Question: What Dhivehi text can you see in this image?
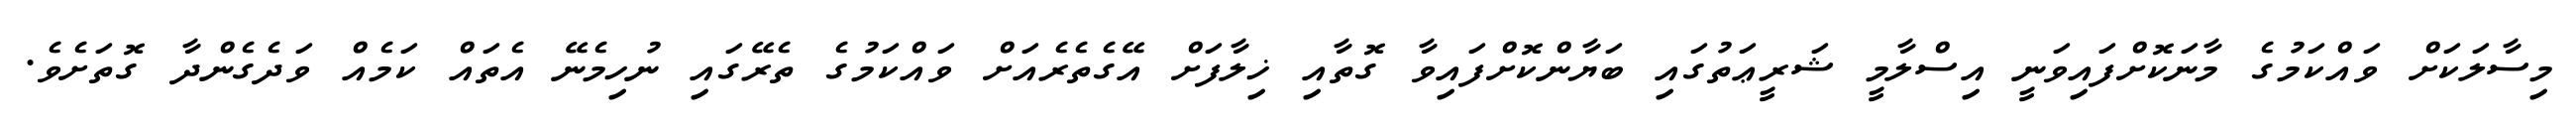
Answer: މިސާލަކަށް ވައްކަމުގެ މާނަކޮށްފައިވަނީ އިސްލާމީ ޝަރީޢަތުގައި ބަޔާންކޮށްފައިވާ ގޮތާއި ޚިލާފަށް އޭގެތެރެއަށް ވައްކަމުގެ ތެރޭގައި ނުހިމެނޭ އެތައް ކަމެއް ވަދެގެންދާ ގޮތަށެވެ.